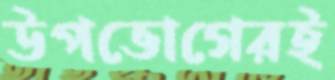
উপভোগেরই